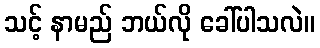
သင့် နာမည် ဘယ်လို ခေါ်ပါသလဲ။